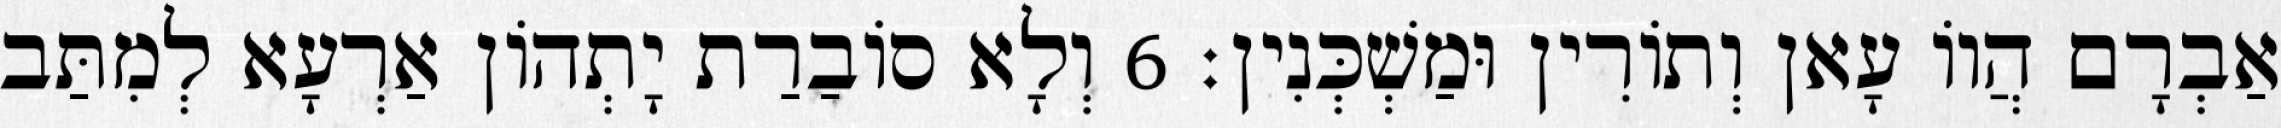
אַבְרָם הֲווֹ עָאן וְתוֹרִין וּמַשְׁכְּנִין׃ 6 וְלָא סוֹבַרַת יָתְהוֹן אַרְעָא לְמִתַּב